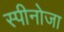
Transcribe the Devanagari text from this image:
स्पीनोजा